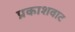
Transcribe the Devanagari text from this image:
प्रकाशवाट